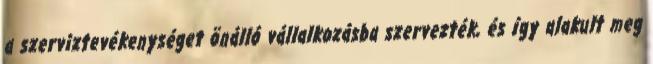
a szerviztevékenységet önálló vállalkozásba szervezték, és így alakult meg